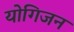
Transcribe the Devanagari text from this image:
योगिजन